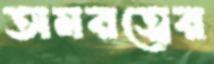
অমরত্বের